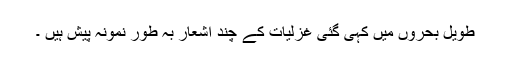
طویل بحروں میں کہی گئی غزلیات کے چند اشعار بہ طور نمونہ پیش ہیں ۔